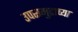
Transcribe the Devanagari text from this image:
उपसमुद्राच्या